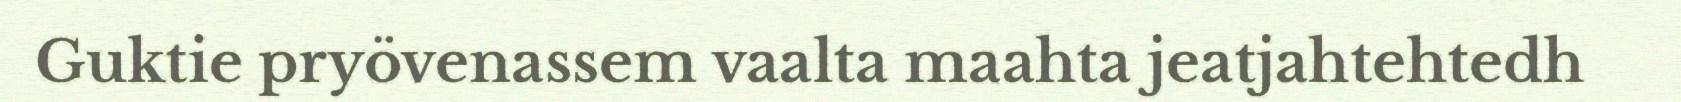
Guktie pryövenassem vaalta maahta jeatjahtehtedh